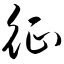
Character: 征